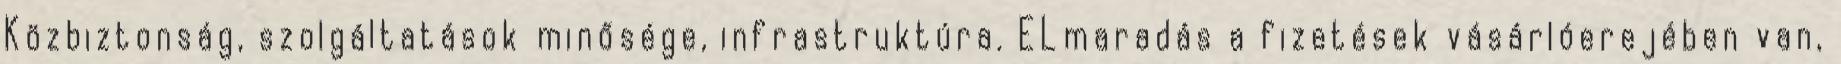
Közbiztonság, szolgáltatások minősége, infrastruktúra. ELmaradás a fizetések vásárlóerejében van,